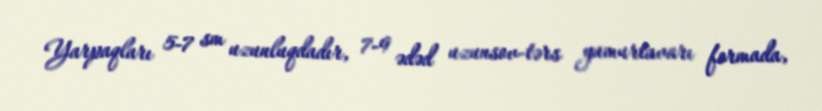
Yarpaqları 5-7 sm uzunluqdadır, 7-9 ədəd uzunsov-tərs yumurtavarı formada,